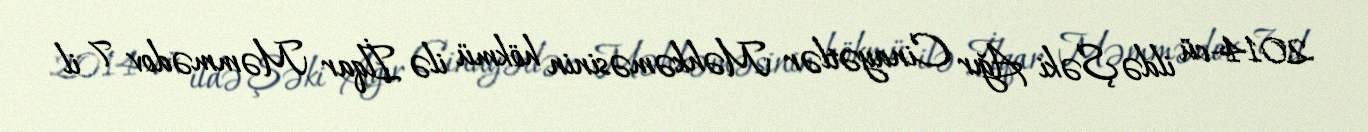
2014-cü ildə Şəki Ağır Cinayətlər Məhkəməsinin hökmü ilə İlqar Məmmədov 7 il